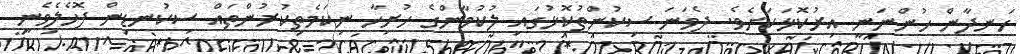
ހަނދާން ހުންނަނީ އިރުކޮޅަކަށެވެ. ދެވަނަ ސިކުންތުކޮޅުގައި ލުކުމާންގެ ހުރިހާ ނިކަމެތިކުރުންތައް ސިކުނޑިން ފޮހެލެވެނީ